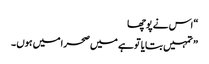
“ اس نے پوچھا
” تمہیں بتایا تو ہے میں صحرا میں ہوں ۔